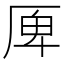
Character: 𠩲